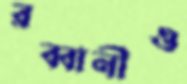
রব্বানীও